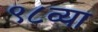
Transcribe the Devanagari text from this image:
९८व्या